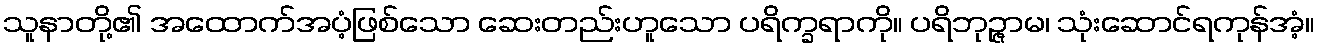
သူနာတို့၏ အထောက်အပံ့ဖြစ်သော ဆေးတည်းဟူသော ပရိက္ခရာကို။ ပရိဘုဉ္ဇာမ၊ သုံးဆောင်ရကုန်အံ့။